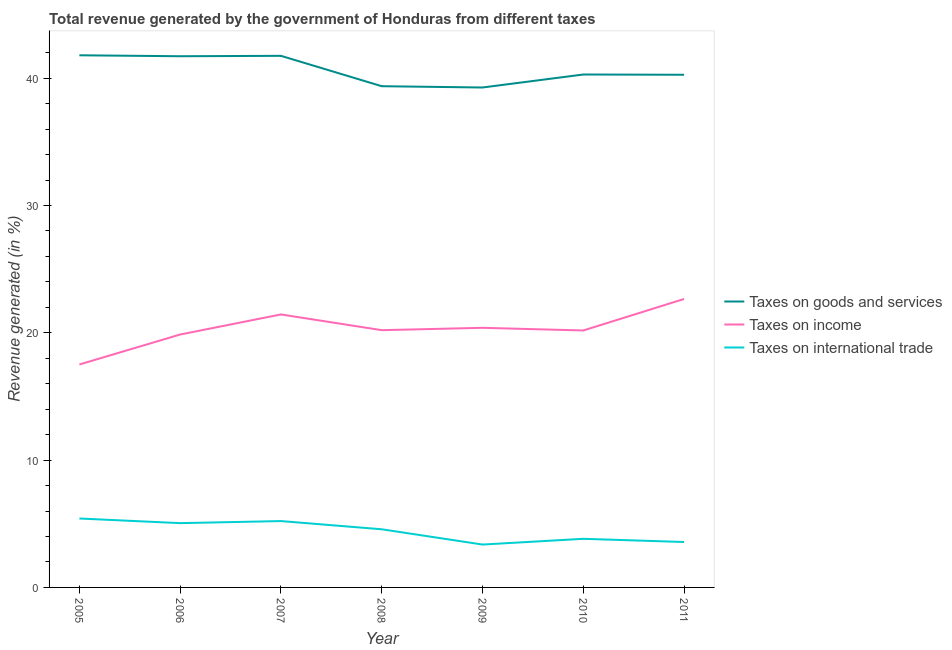
| Year | Taxes on goods and services | Taxes on income | Taxes on international trade |
 | --- | --- | --- | --- |
 | 2005 | 41.8 | 17.5 | 5.41 |
 | 2006 | 41.7 | 19.9 | 5.05 |
 | 2007 | 41.8 | 21.4 | 5.21 |
 | 2008 | 39.4 | 20.2 | 4.57 |
 | 2009 | 39.3 | 20.4 | 3.37 |
 | 2010 | 40.3 | 20.2 | 3.82 |
 | 2011 | 40.3 | 22.7 | 3.57 |